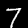
Label: 7